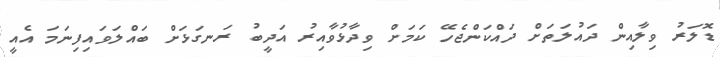
ޑޮލަރު ވިލާއިން ދައުލަތަށް ދައްކަންޖެހޭ ކަމަށް ވިދާޅުވާއިރު އަދީބު ރަނގަޅަށް ބައްލަވައިފިނަމަ އެއީ